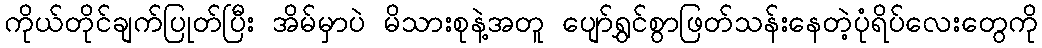
ကိုယ်တိုင်ချက်ပြုတ်ပြီး အိမ်မှာပဲ မိသားစုနဲ့အတူ ပျော်ရွှင်စွာဖြတ်သန်းနေတဲ့ပုံရိပ်လေးတွေကို